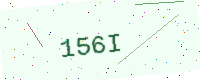
Text: 156I